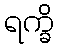
ရက္ခိ